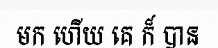
មក ហើយ គេ ក៏ បាន